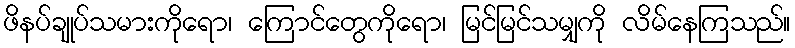
ဖိနပ်ချုပ်သမားကိုရော၊ ကြောင်တွေကိုရော၊ မြင်မြင်သမျှကို လိမ်နေကြသည်။